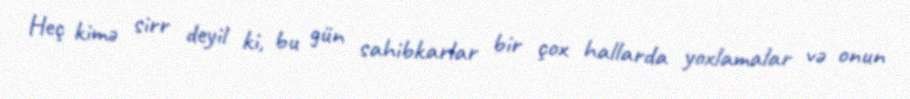
Heç kimə sirr deyil ki, bu gün sahibkarlar bir çox hallarda yoxlamalar və onun